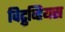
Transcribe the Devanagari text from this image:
विट्रुव्हियस